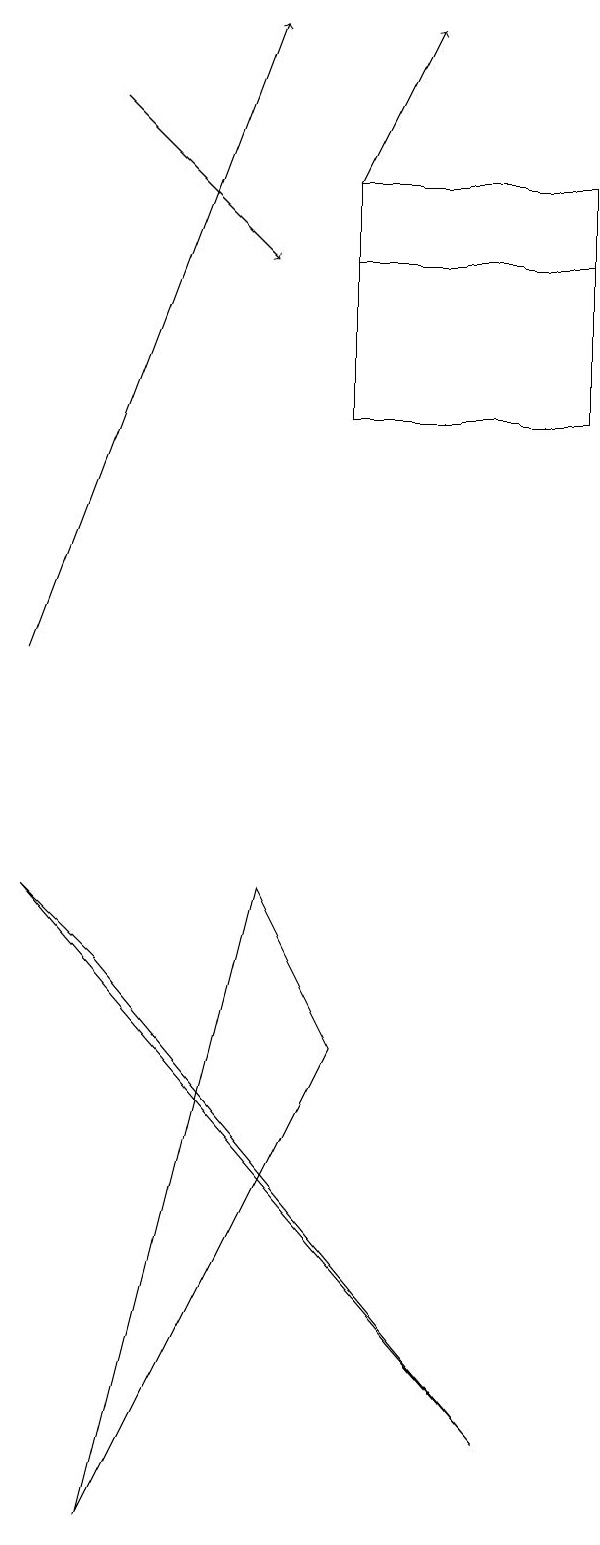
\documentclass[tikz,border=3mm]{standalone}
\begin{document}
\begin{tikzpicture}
\draw (5,17) rectangle (8,16);
\draw[->] (5,17) -- (6,19);
\draw[->] (2,18) -- (4,16);
\draw (8,16) rectangle (5,14);
\draw (7,1) -- (2,7) -- (1,8) -- cycle;
\draw[->] (1,11) -- (4,19);
\draw (2,0) -- (4,8) -- (5,6) -- cycle;
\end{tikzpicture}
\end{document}